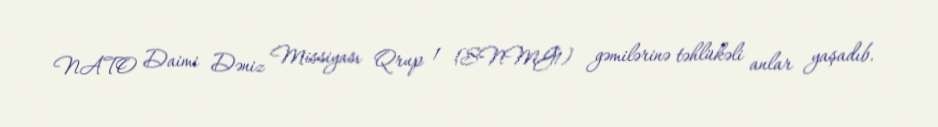
NATO Daimi Dəniz Missiyası Qrup 1 (SNMG1) gəmilərinə təhlükəli anlar yaşadıb.